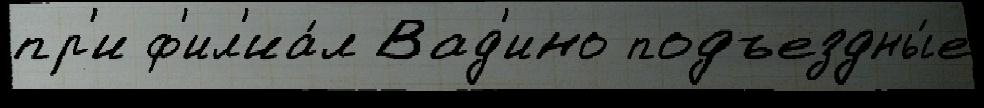
пр'и ф'ил'иа́л Вад'ино подъездны́е